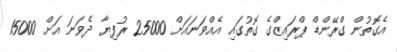
އެގޮތުން ގްރޭންޑް ޕްރައިޒްގެ ގޮތުގައި އެއްވަނައަށް 25000 ރުފިޔާ ދެވަނަ އަށް 15000